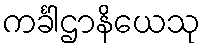
ကင်္ခါဌာနိယေသု